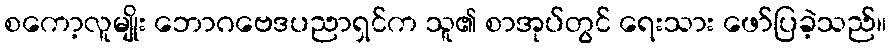
စကော့လူမျိုး ဘောဂဗေဒပညာရှင်က သူ၏ စာအုပ်တွင် ရေးသား ဖော်ပြခဲ့သည်။